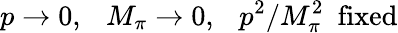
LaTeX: p\rightarrow 0,~~~M_{\pi}\rightarrow 0,~~~p^{2}/M_{\pi}^{2}~~\mathrm{fixed}